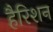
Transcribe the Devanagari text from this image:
हैरिशन